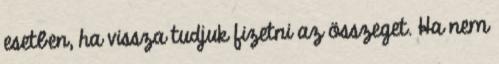
esetben, ha vissza tudjuk fizetni az összeget. Ha nem